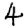
Digit: 4